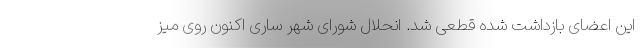
این اعضای بازداشت شده قطعی شد. انحلال شورای شهر ساری اکنون روی میز